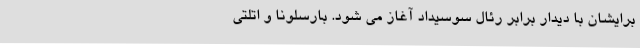
برایشان با دیدار برابر رئال سوسیداد آغاز می شود. بارسلونا و اتلتی